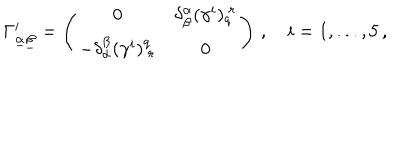
\Gamma _ { \underline { { \alpha } } \underline { { \beta } } } ^ { i } = \left( \begin{array} { c c } { { 0 } } & { { \delta _ { \beta } ^ { \alpha } ( \gamma ^ { i } ) _ { q } ^ { ~ r } } } \\ { { - \delta _ { \alpha } ^ { \beta } ( \gamma ^ { i } ) _ { ~ r } ^ { q } } } & { { 0 } } \\ \end{array} \right) \, , \quad i = 1 , . . . , 5 \, ,